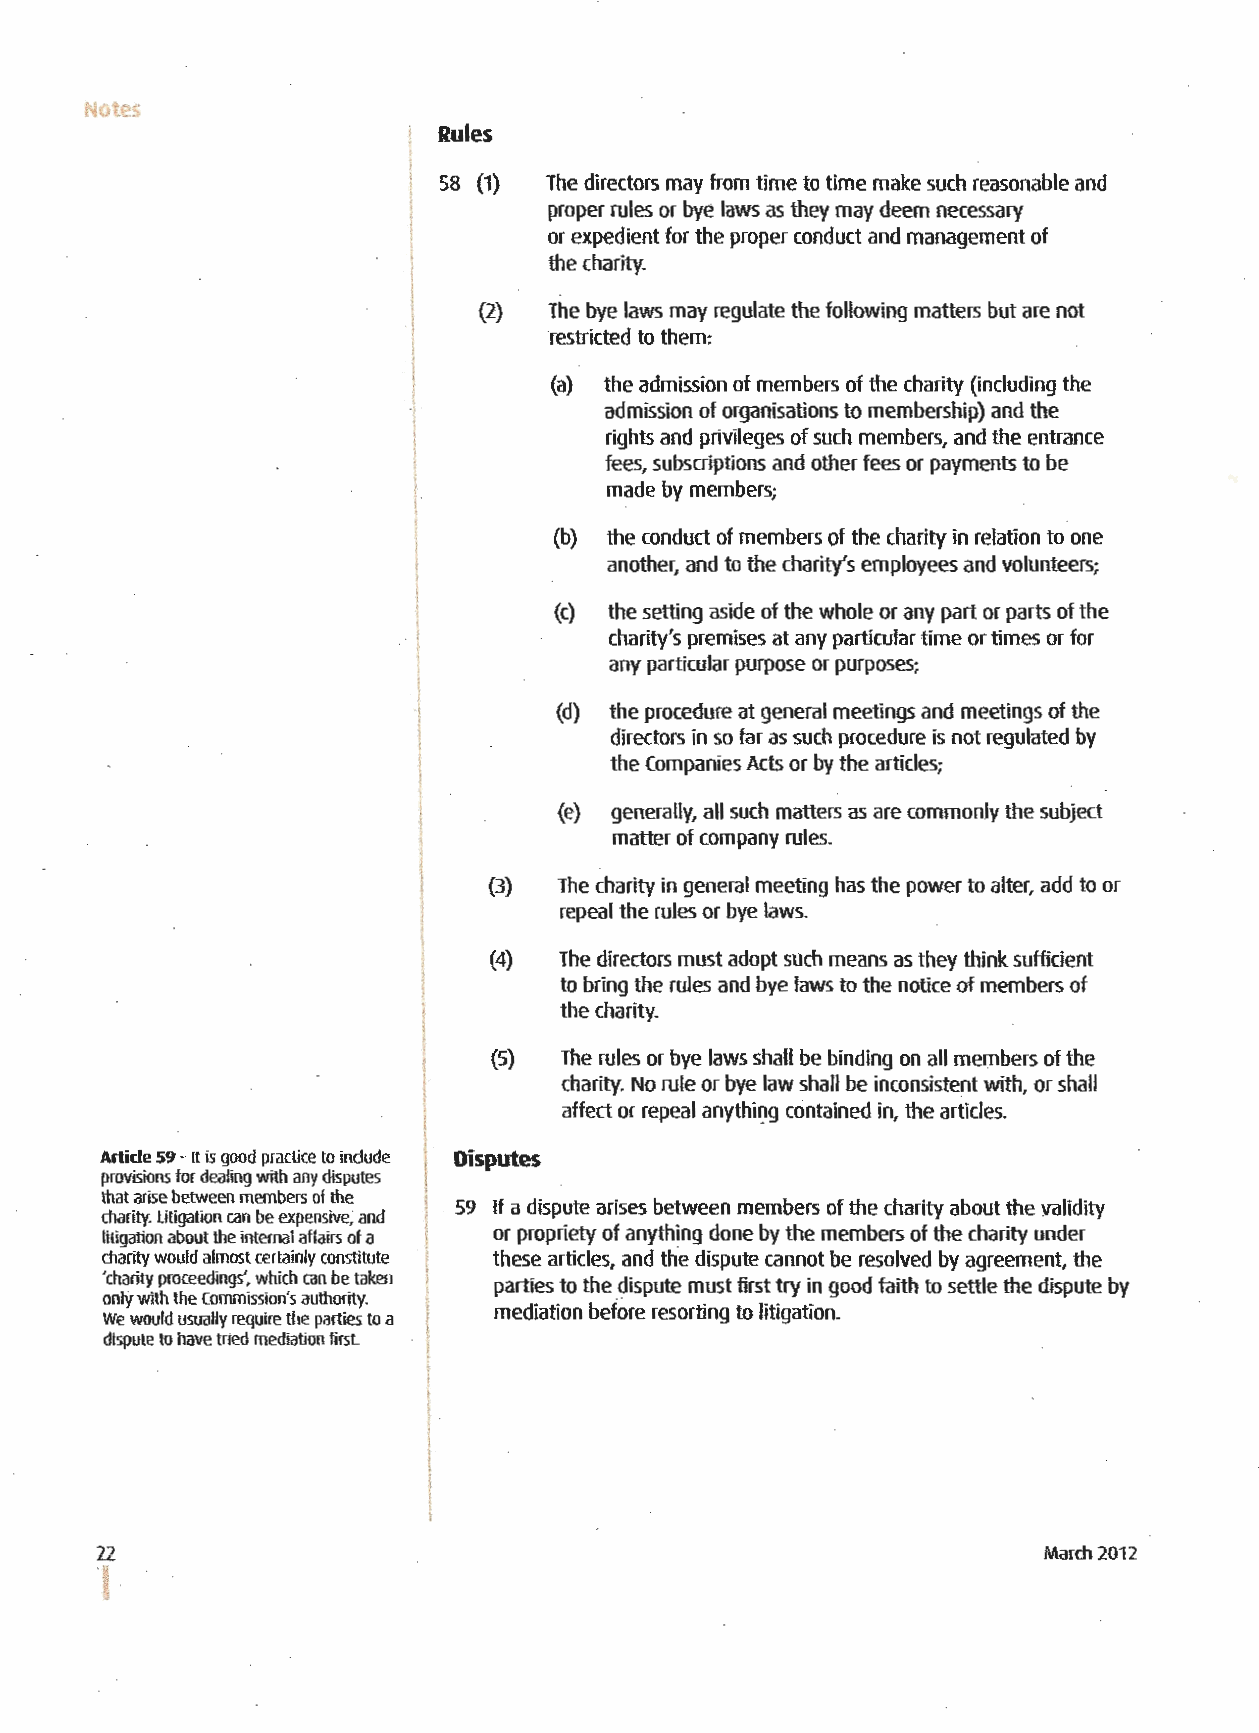
Notes
 Rules
 58 (1) The directors may from time to time make such reasonable and
 proper rules or bye laws as they may deem necessary
 or expedient for the proper conduct and management of
 the charity.
 (2} The bye laws may regulate the following matters but are not
 restricted to them:
 (a} the admission of members of the charity (including the
 !            admission of organisations to membership} and the
 i            rights and privileges of such members, and the entrance
 !
 fees, subscriptions and other fees or payments to be
 I
 made by members;
 (b) the conduct of members of the charity in relation to one
 another, and to the charity's employees and volunteers;
 (c) the setting aside of the whole or any part or parts of the
 charity's premises at any particular time or times or for
 any particular purpose or purposes;
 (d) the procedure at general meetings and meetings of the
 directors in so far as such procedure is not regulated by
 the Companies Acts or by the articles;
 (e) generally, all such matters as are commonly the subject
 matter of company rules.
 (3)  The charity in general meeting has the power to alter, add to or
 repeal the rules or bye laws.
 (4)  The directors must adopt such means as they think sufficient
 to bring the rules and bye laws to the notice of members of
 the charity.
 (5) The rules or bye laws shall be binding on all members of the
 charity. No rule or bye law shall be inconsistent with, or shall
 affect or repeal anythit:tg contained in, the articles.
 Artide 59 -It is good practice to include Disputes
 provisions for dealing with any disputes
 that arise between members of the
 59 If a dispute arises between members of the charity about the validity
 charity. litigation can be expensive; and
 litigation about the internal affairs of a or propriety of anything done by the members of the charity under
 charity would almost certainly constitute these articles, and the dispute cannot be resolved by agreement, the
 'charity proceedings', which can be taken parties to the dispute must first try in good faith to settle the dispute by
 only with the Commission's authority.
 mediation before resorting to litigation.
 We would usually require the parties to a
 dispute to have tried mediation first.
 21                                                             March 2012